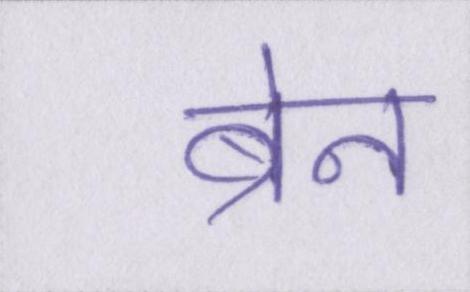
ब्रेन